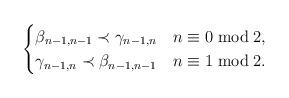
LaTeX: \begin{align*}\begin{cases}\beta_{n-1,n-1} \prec \gamma_{n-1,n} & n \equiv 0 \bmod 2, \\\gamma_{n-1,n} \prec \beta_{n-1,n-1} & n \equiv 1 \bmod 2.\end{cases}\end{align*}